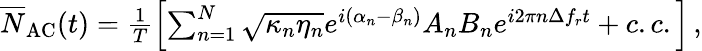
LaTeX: \begin{array}{r}{\overline{N}_{\mathrm{AC}}(t)=\frac{1}{T}\left[\sum_{n=1}^{N}\sqrt{\kappa_{n}\eta_{n}}e^{i(\alpha_{n}-\beta_{n})}A_{n}B_{n}e^{i2\pi n\Delta f_{r}t}+c.c.\right]\, ,}\end{array}